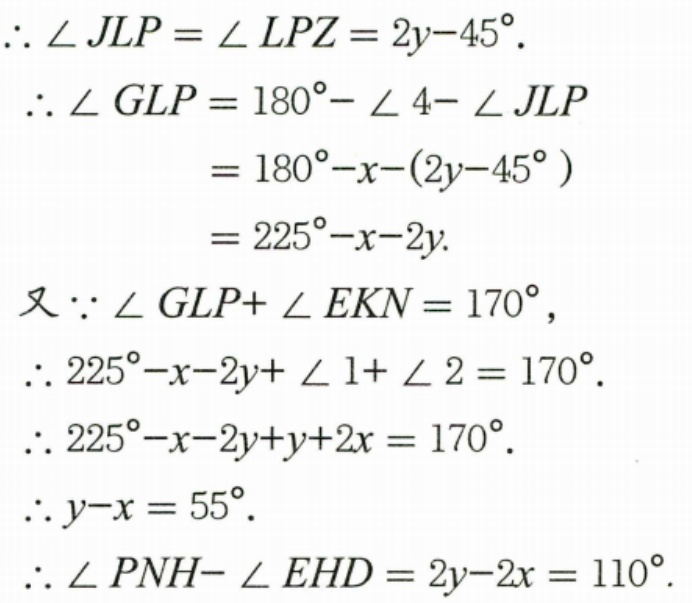
\[
\begin{align*}
&\therefore \angle JLP=\angle LPZ = 2y - 45^{\circ}.\\
&\therefore \angle GLP=180^{\circ}-\angle 4-\angle JLP\\
&=180^{\circ}-x-(2y - 45^{\circ})\\
&=225^{\circ}-x - 2y.\\
&\text{又}\because\angle GLP+\angle EKN = 170^{\circ},\\
&\therefore 225^{\circ}-x - 2y+\angle 1+\angle 2 = 170^{\circ}.\\
&\therefore 225^{\circ}-x - 2y + y+2x = 170^{\circ}.\\
&\therefore y - x = 55^{\circ}.\\
&\therefore \angle PNH-\angle EHD = 2y - 2x=110^{\circ}.
\end{align*}
\]